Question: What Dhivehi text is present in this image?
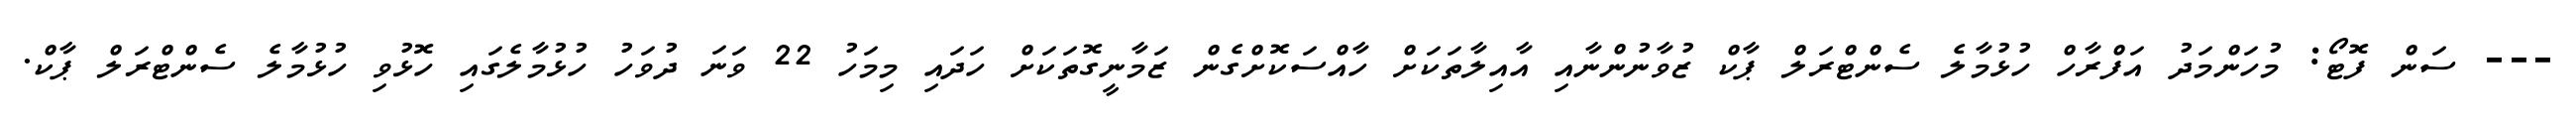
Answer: --- ސަން ފޮޓޯ: މުހަންމަދު އަފްރާހް ހުޅުމާލެ ސެންޓްރަލް ޕާކް ޒުވާނުންނާއި އާއިލާތަކަށް ހާއްސަކޮށްގެން ޒަމާނީގޮތަކަށް ހަދައި މިމަހު 22 ވަނަ ދުވަހު ހުޅުމާލެގައި ހޮޅުވި ހުޅުމާލެ ސެންޓްރަލް ޕާކް.